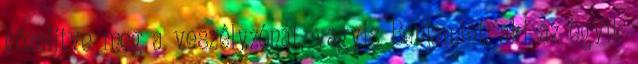
közelítve meg a veszélyzónát, vagyis Benjamint, aki az egyik